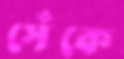
সেঁকে